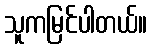
သူကမြင်ပါတယ်။